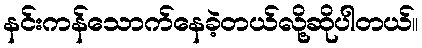
နင်းကန်သောက်နေခဲ့တယ်လို့ဆိုပါတယ်။